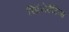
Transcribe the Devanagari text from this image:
रिप्रेंजेटेटिव्स